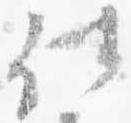
仕